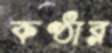
কণ্ঠার